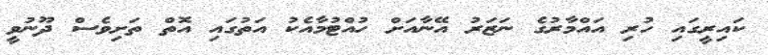
ކައިރީގައި ހުރި އައްމާރުގެ ނަޒަރު އޭނާއަށް ހުއްޓުމާއެކު އަތުގައި އޮތް ތަށިވެސް ދޫނުވީ